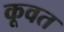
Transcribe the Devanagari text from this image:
कूवत